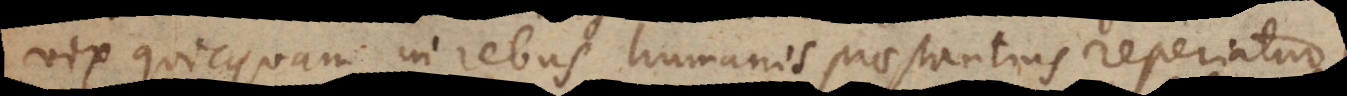
vix quicquam in rebus humanis praestantius reperiatur,